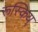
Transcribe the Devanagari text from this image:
रूस्किय्